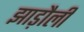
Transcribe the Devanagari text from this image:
झाड़ौली